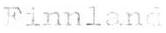
Finnland